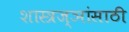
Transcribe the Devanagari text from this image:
शास्त्रज्ञांसाठी